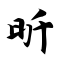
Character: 昕